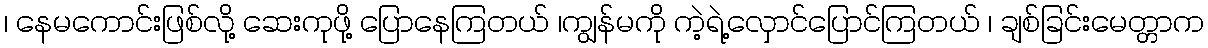
၊ နေမကောင်းဖြစ်လို့ ဆေးကုဖို့ ပြောနေကြတယ် ၊ကျွန်မကို ကဲ့ရဲ့လှောင်ပြောင်ကြတယ် ၊ ချစ်ခြင်းမေတ္တာက